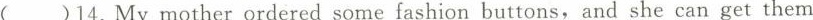
()14. My mather ordered some fashion buttons, and she can get them